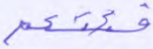
فئتكم